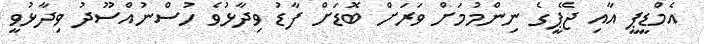
އެމްޑީޕީ އާއި ޖޭޕީގެ ނިންމުމަށް ވަރަށް ބޮޑަށް ފާޑު ވިދާޅުވެ ހުސްނުއްސޫދު ވިދާޅުވީ